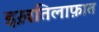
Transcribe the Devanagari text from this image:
इख़तिलाफ़ात